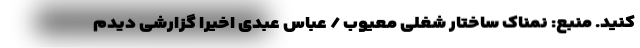
کنید. منبع: نمناک ساختار شغلی معیوب / عباس عبدی اخیراً گزارشی دیدم